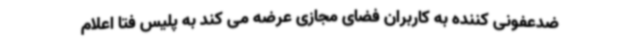
ضدعفونی کننده به کاربران فضای مجازی عرضه می کند به پلیس فتا اعلام